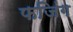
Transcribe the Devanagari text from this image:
फजिंग